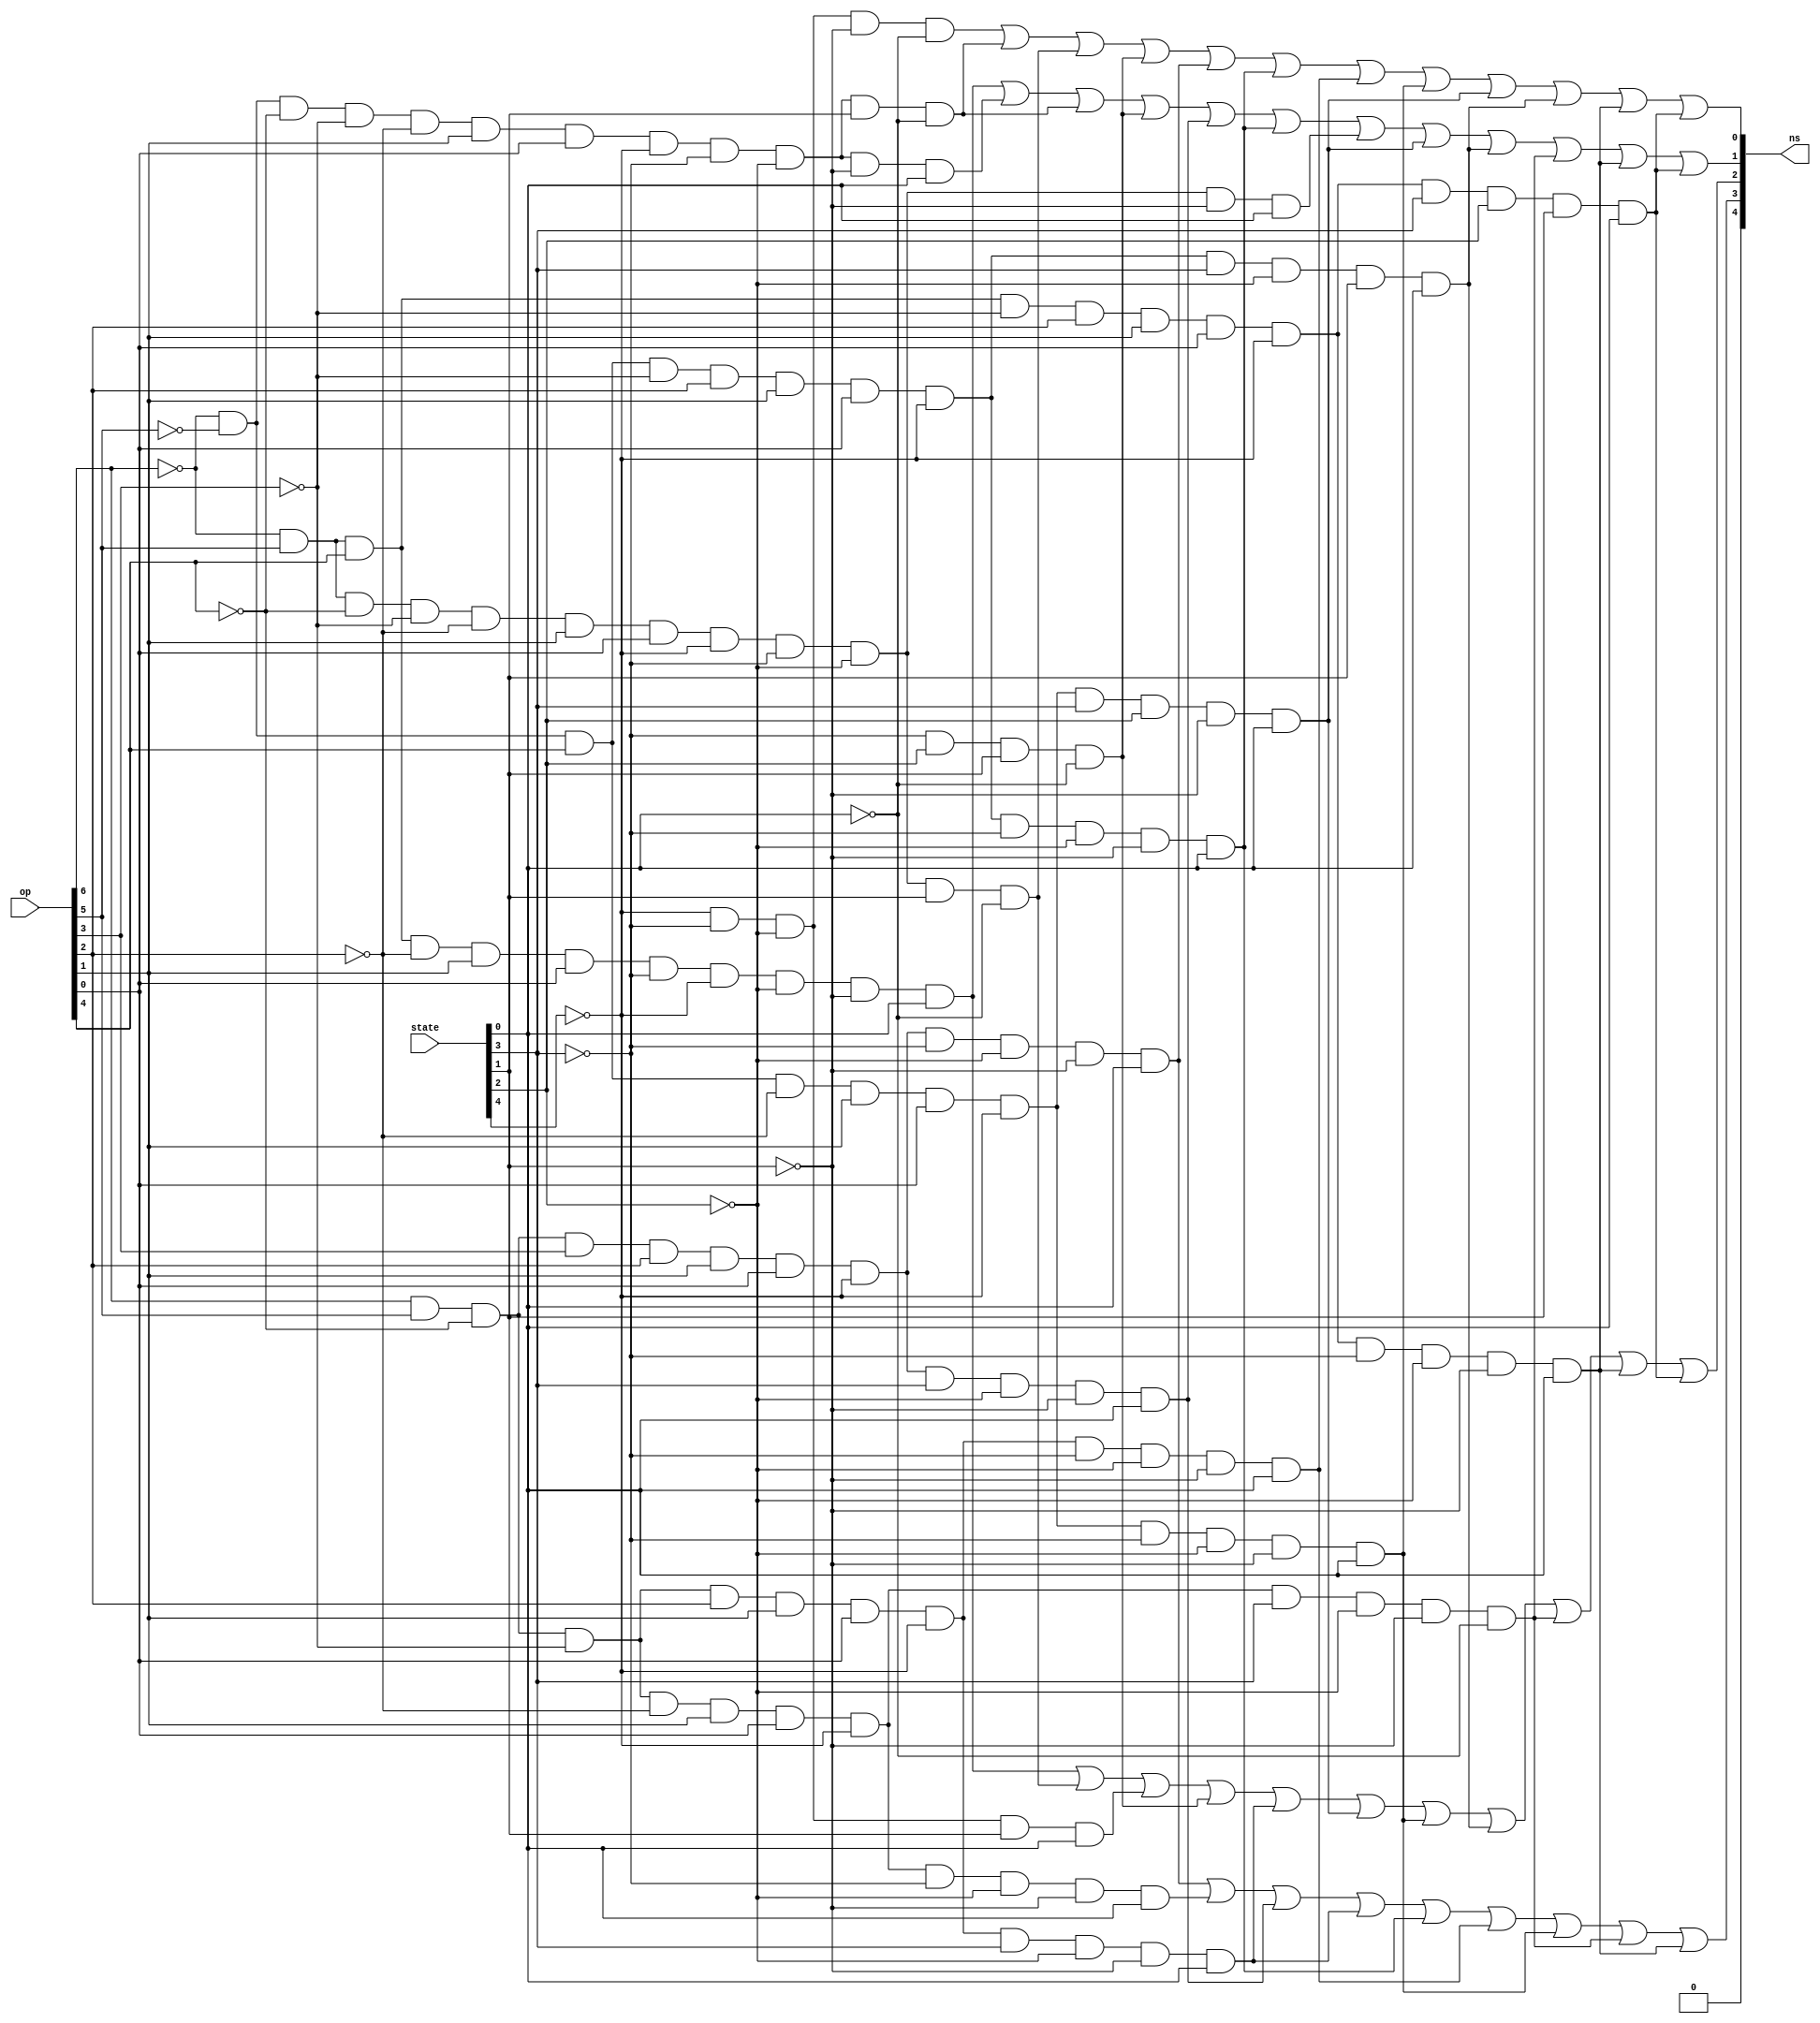
module next_state (
    input [6:0] op,
    input [4:0] state,
    output [4:0] ns
);
    wire wire0, wire1, wire2, wire3, wire4, wire5, wire6, wire7,
         wire8, wire9, wire10, wire11, wire12, wire13, wire14, wire15, 
         wire16, wire17, wire18, wire19;

    /* tipo jal current state 1 para next state 9*/
    and (wire0, op[6], op[5], ~op[4], op[3], op[2], op[1], op[0], ~state[4], ~state[3], ~state[2], ~state[1], state[0]);

    /* tipo b current state 1 para next state 8*/
    and (wire1, op[6], op[5], ~op[4], ~op[3], ~op[2], op[1], op[0], ~state[4], ~state[3], ~state[2], ~state[1], state[0]);
    
    /* tipo b current state 8 para next state 14*/
    and (wire17, op[6], op[5], ~op[4], ~op[3], ~op[2], op[1], op[0], ~state[4], state[3], ~state[2], ~state[1], ~state[0]);

    /* tipo r current state 1 para next state 6*/
    and (wire2, ~op[6], op[5], op[4], ~op[2], op[1], op[0], ~state[3], ~state[4], ~state[2], ~state[1], state[0]);

    /* tipo sw current state 2 para next state 5*/
    and (wire3, ~op[6], op[5], ~op[4], ~op[3], ~op[2], op[1], op[0], ~state[4], ~state[3], ~state[2], state[1], ~state[0]);

    /* current state 3 para next state 4*/
    and (wire4, ~state[4], ~state[3], ~state[2], state[1], state[0]);

    /* current state 6 para next state 7*/
    and (wire5, ~state[3], state[2], state[1], ~state[0]);

    /* tipo lw current state 1 para next state 2 */
    and (wire6, ~op[6], ~op[5], ~op[4], ~op[3], ~op[2], op[1], op[0], ~state[4], ~state[3], ~state[2], ~state[1], state[0]);

    /* tipo sw current state 1 para next state 2 */
    and (wire7, ~op[6], op[5], ~op[4], ~op[3], ~op[2], op[1], op[0], ~state[4], ~state[3], ~state[2], ~state[1], state[0]);

    /* tipo lw current state 2 para next state 3 */
    and (wire8, ~op[6], ~op[5], ~op[4], ~op[3], ~op[2], op[1], op[0], ~state[4], ~state[3], ~state[2], state[1], ~state[0]);

    /* current state 0 para next state 1 */
    and (wire9, ~state[4], ~state[3], ~state[2], ~state[1], ~state[0]);

    /* tipo jal current state 9 para next state 10 */
    and (wire10, op[6], op[5], ~op[4], op[3], op[2], op[1], op[0], ~state[4], state[3], ~state[2], ~state[1], state[0]);

    /* tipo I-Jalr current state 9 para next state 12 */
    and (wire11, op[6], op[5], ~op[4], ~op[3], op[2], op[1], op[0], ~state[4], state[3], ~state[2], ~state[1], state[0]);

    /* tipo U-AUIPC current state 1 para next state 11 */
    and (wire12, ~op[6], ~op[5], op[4], ~op[3], op[2], op[1], op[0], ~state[4], ~state[3], ~state[2], ~state[1], state[0]);

    /* tipo I-Jalr current state 1 para next state 9*/
    and (wire13, op[6], op[5], ~op[4], ~op[3], op[2], op[1], op[0], ~state[4], ~state[3], ~state[2], ~state[1], state[0]);

    /* tipo I-addi current state 1 para next state 13 */
    and (wire14, ~op[6], ~op[5], op[4], ~op[2], op[1], op[0], ~state[4], ~state[3], ~state[2], ~state[1], state[0]);

    /* tipo I-addi current state 13 para next state 7 */
    and (wire15, ~op[6], ~op[5], op[4], ~op[2], op[1], op[0], ~state[4], state[3], state[2], ~state[1], state[0]);

    /* tipo U-AUIPC current state 11 para next state 7 */
    and (wire16, ~op[6], ~op[5], op[4], ~op[3], op[2], op[1], op[0], ~state[4], state[3], ~state[2], state[1], state[0]);

    /* tipo U-LUI  current state 1 para next state 15*/
    and (wire18, ~op[6], op[5], op[4], ~op[3], op[2], op[1], op[0], ~state[4], ~state[3], ~state[2], ~state[1], state[0]);

    /* tipo U-LUI  current state 15 para next state 7*/
    and (wire19, ~op[6], op[5], op[4], ~op[3], op[2], op[1], op[0], ~state[4], state[3], state[2], state[1], state[0]);

    
    /* Extensao RV64I*/
    /* Foi tirado a verificacao do opcode[3] para o tipo R e tipo I */
    or (ns[4], 1'b0); 
    or (ns[3], wire0, wire1, wire10, wire11, wire12, wire13, wire14, wire17, wire18); 
    or (ns[2], wire2, wire3, wire4, wire5, wire11, wire15, wire14, wire16, wire17, wire18, wire19);
    or (ns[1], wire2, wire6, wire8, wire5, wire10, wire12, wire7, wire15, wire16, wire17, wire18, wire19);
    or (ns[0], wire9, wire8, wire3, wire5, wire0, wire12, wire13, wire14, wire15, wire16, wire18, wire19);
    
    
    

endmodule